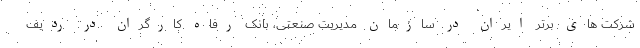
شرکت های برتر ایران در سازمان مدیریت صنعتی، بانک رفاه کارگران در ردیف